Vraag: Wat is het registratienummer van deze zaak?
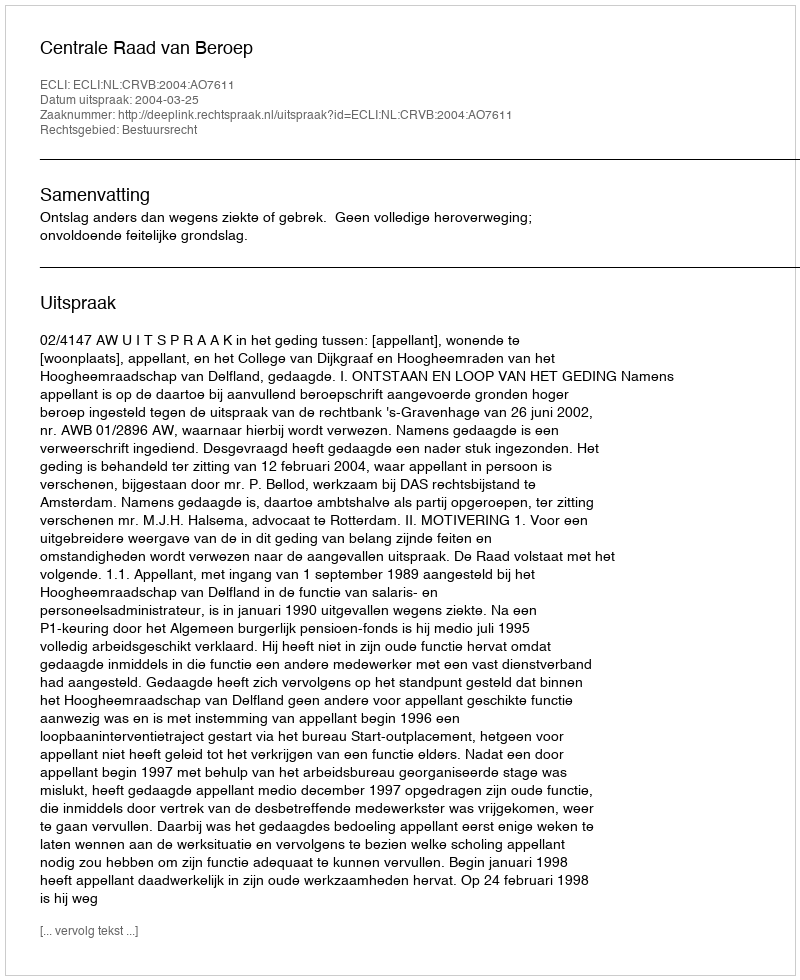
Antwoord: http://deeplink.rechtspraak.nl/uitspraak?id=ECLI:NL:CRVB:2004:AO7611